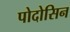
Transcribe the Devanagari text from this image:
पोदोसिन